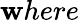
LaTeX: \mathbf{w}here